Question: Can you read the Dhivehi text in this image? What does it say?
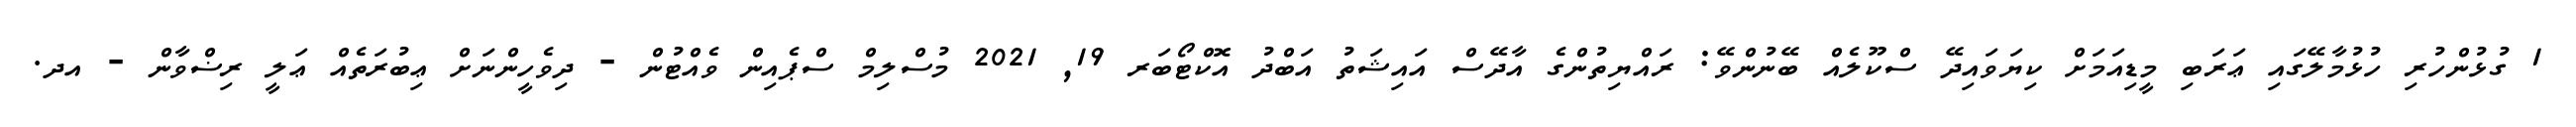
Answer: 1 ގުޅުންހުރި ހުޅުމާލޭގައި ޢަރަބި މީޑިއަމަށް ކިޔަވައިދޭ ސްކޫލެއް ބޭނުންވޭ: ރައްޔިތުންގެ އާދޭސް އައިޝަތު އަބްދު އޮކްޓޯބަރ 19, 2021 މުސްލިމް ސްޕެއިން ވެއްޓުން - ދިވެހީންނަށް ޢިބުރަތެއް ޢަލީ ރިޟްވާން - އދ.